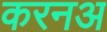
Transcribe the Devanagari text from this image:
करनअ